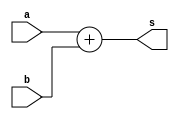
`timescale 1ns / 1ps
//////////////////////////////////////////////////////////////////////////////////
// Company: 
// Engineer: 
// 
// Design Name: 
// Module Name:    adder12 
// Project Name: 
// Target Devices: 
// Tool versions: 
// Description: 
//
// Dependencies: 
//
// Revision: 
// Revision 0.01 - File Created
// Additional Comments: 
//
//////////////////////////////////////////////////////////////////////////////////
module adder9(
    input [8:0] a,
    input [8:0] b,
    output [8:0] s
    );

assign s=a+b;

endmodule